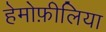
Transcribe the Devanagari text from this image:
हेमोफ़ीलिया